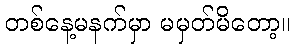
တစ်နေ့မနက်မှာ မမှတ်မိတော့။